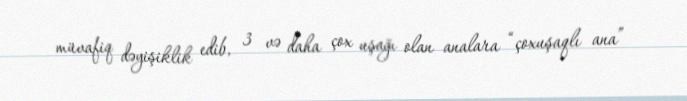
müvafiq dəyişiklik edib, 3 və daha çox uşağı olan analara “çoxuşaqlı ana”